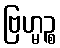
ဗြဟ္မဉ္စ